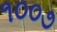
૧૦૦૭